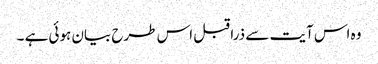
وہ اس آیت سے ذرا قبل اس طرح بیان ہوئی ہے ۔